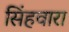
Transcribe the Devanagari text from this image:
सिंहवारा